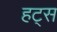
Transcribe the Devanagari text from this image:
हट्स